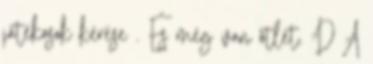
játékosok kérése . És még van ötlet. :D A